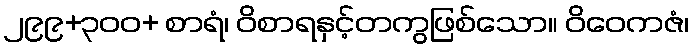
၂၉၉+၃၀၀+ စာရံ၊ ဝိစာရနှင့်တကွဖြစ်သော။ ဝိဝေကဇံ၊